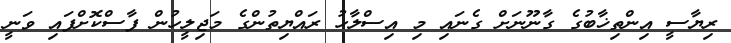
ރިޔާސީ އިންތިޚާބުގެ ގާނޫނަށް ގެނައި މި އިސްލާހު ރައްޔިތުންގެ މަޖިލީހުން ފާސްކޮށްފައި ވަނީ